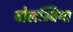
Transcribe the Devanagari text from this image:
बोलम्बिया